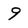
Character: 9